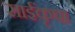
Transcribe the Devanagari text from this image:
साईंकृपा